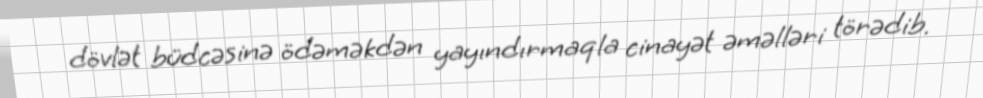
dövlət büdcəsinə ödəməkdən yayındırmaqla cinayət əməlləri törədib.